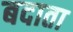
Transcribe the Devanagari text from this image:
बदाता